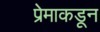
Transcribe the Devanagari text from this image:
प्रेमाकडून